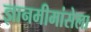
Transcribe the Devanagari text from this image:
ज्ञानमीमांसेला